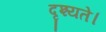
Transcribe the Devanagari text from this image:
दृश्यते।